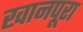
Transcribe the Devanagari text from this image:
खानपूरा